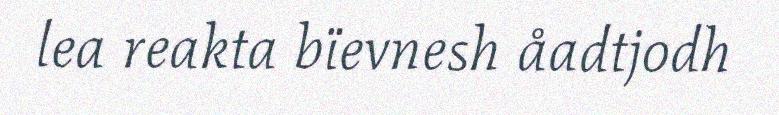
lea reakta bïevnesh åadtjodh